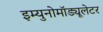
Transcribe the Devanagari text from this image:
इम्युनोमॉड्यूलेटर